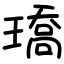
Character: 𤩝